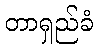
တာရှည်ခံ